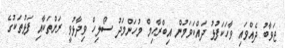
ޖަވާބު ދެއްވައި ވާހަކަފުޅު ދައްކަވަމުން އިބްރާހިމް މުހަންމަދު ސޯލިހް ވިދާޅުވީ ރަށްތަކާއި ފަޅުތަކުގެ